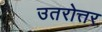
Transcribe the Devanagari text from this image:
उतरोत्तर